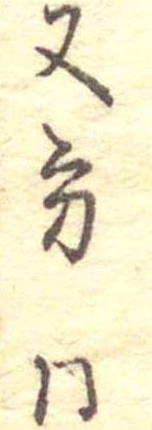
又方同